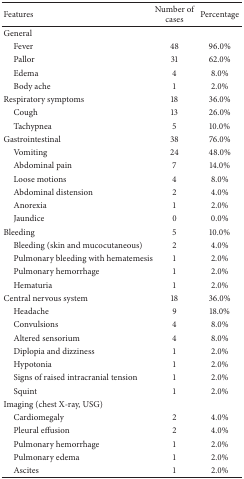
| Features | Number ofcases | Percentage |
 | --- | --- | --- |
 | General |  |  |
 | Fever | 48 | 96.0% |
 | Pallor | 31 | 62.0% |
 | Edema | 4 | 8.0% |
 | Body ache | 1 | 2.0% |
 | Respiratory symptoms | 18 | 36.0% |
 | Cough | 13 | 26.0% |
 | Tachypnea | 5 | 10.0% |
 | Gastrointestinal | 38 | 76.0% |
 | Vomiting | 24 | 48.0% |
 | Abdominal pain | 7 | 14.0% |
 | Loose motions | 4 | 8.0% |
 | Abdominal distension | 2 | 4.0% |
 | Anorexia | 1 | 2.0% |
 | Jaundice | 0 | 0.0% |
 | Bleeding | 5 | 10.0% |
 | Bleeding (skin and mucocutaneous) | 2 | 4.0% |
 | Pulmonary bleeding with hematemesis | 1 | 2.0% |
 | Pulmonary hemorrhage | 1 | 2.0% |
 | Hematuria | 1 | 2.0% |
 | Central nervous system | 18 | 36.0% |
 | Headache | 9 | 18.0% |
 | Convulsions | 4 | 8.0% |
 | Altered sensorium | 4 | 8.0% |
 | Diplopia and dizziness | 1 | 2.0% |
 | Hypotonia | 1 | 2.0% |
 | Signs of raised intracranial tension | 1 | 2.0% |
 | Squint | 1 | 2.0% |
 | Imaging (chest X-ray, USG) |  |  |
 | Cardiomegaly | 2 | 4.0% |
 | Pleural effusion | 2 | 4.0% |
 | Pulmonary hemorrhage | 1 | 2.0% |
 | Pulmonary edema | 1 | 2.0% |
 | Ascites | 1 | 2.0% |